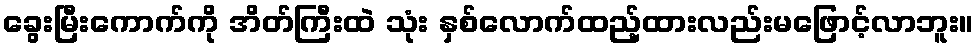
ခွေးမြီးကောက်ကို အိတ်ကြီးထဲ သုံး နှစ်လောက်ထည့်ထားလည်းမဖြောင့်လာဘူး။